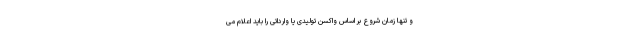
و تنها زمان شروع بر اساس واکسن تولیدی یا وارداتی را باید اعلام می